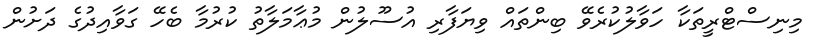
މިނިސްޓްރީތަކާ ހަވާލުކުރެވޭ ބިންތައް ވިޔަފާރި އުސޫލުން މުޢާމަލާތު ކުރުމާ ބެހޭ ގަވާއިދުގެ ދަށުން